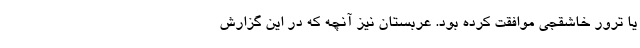
یا ترور خاشقجی موافقت کرده بود. عربستان نیز آنچه که در این گزارش